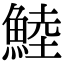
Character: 鯥